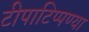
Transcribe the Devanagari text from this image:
टीपाटिप्पण्या